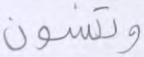
وتنسون